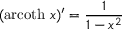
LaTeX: ( \operatorname { a r c o t h } \, x ) ^ { \prime } = { \frac { 1 } { 1 - x ^ { 2 } } }